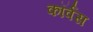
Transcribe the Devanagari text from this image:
कॉर्वस